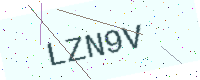
Text: LZN9V